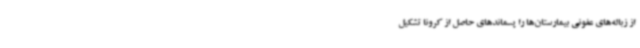
از زباله‌های عفونی بیمارستان‌ها را پسماندهای حاصل از کرونا تشکیل